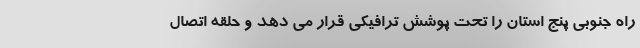
راه جنوبی پنج استان را تحت پوشش ترافیکی قرار می دهد و حلقه اتصال